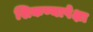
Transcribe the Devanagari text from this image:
शिकण्यापेक्षा